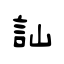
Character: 訕